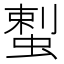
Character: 𱿴